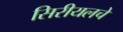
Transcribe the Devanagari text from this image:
सिरीयलचे